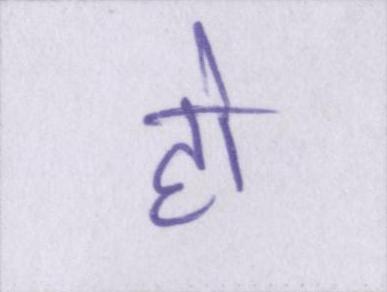
हो